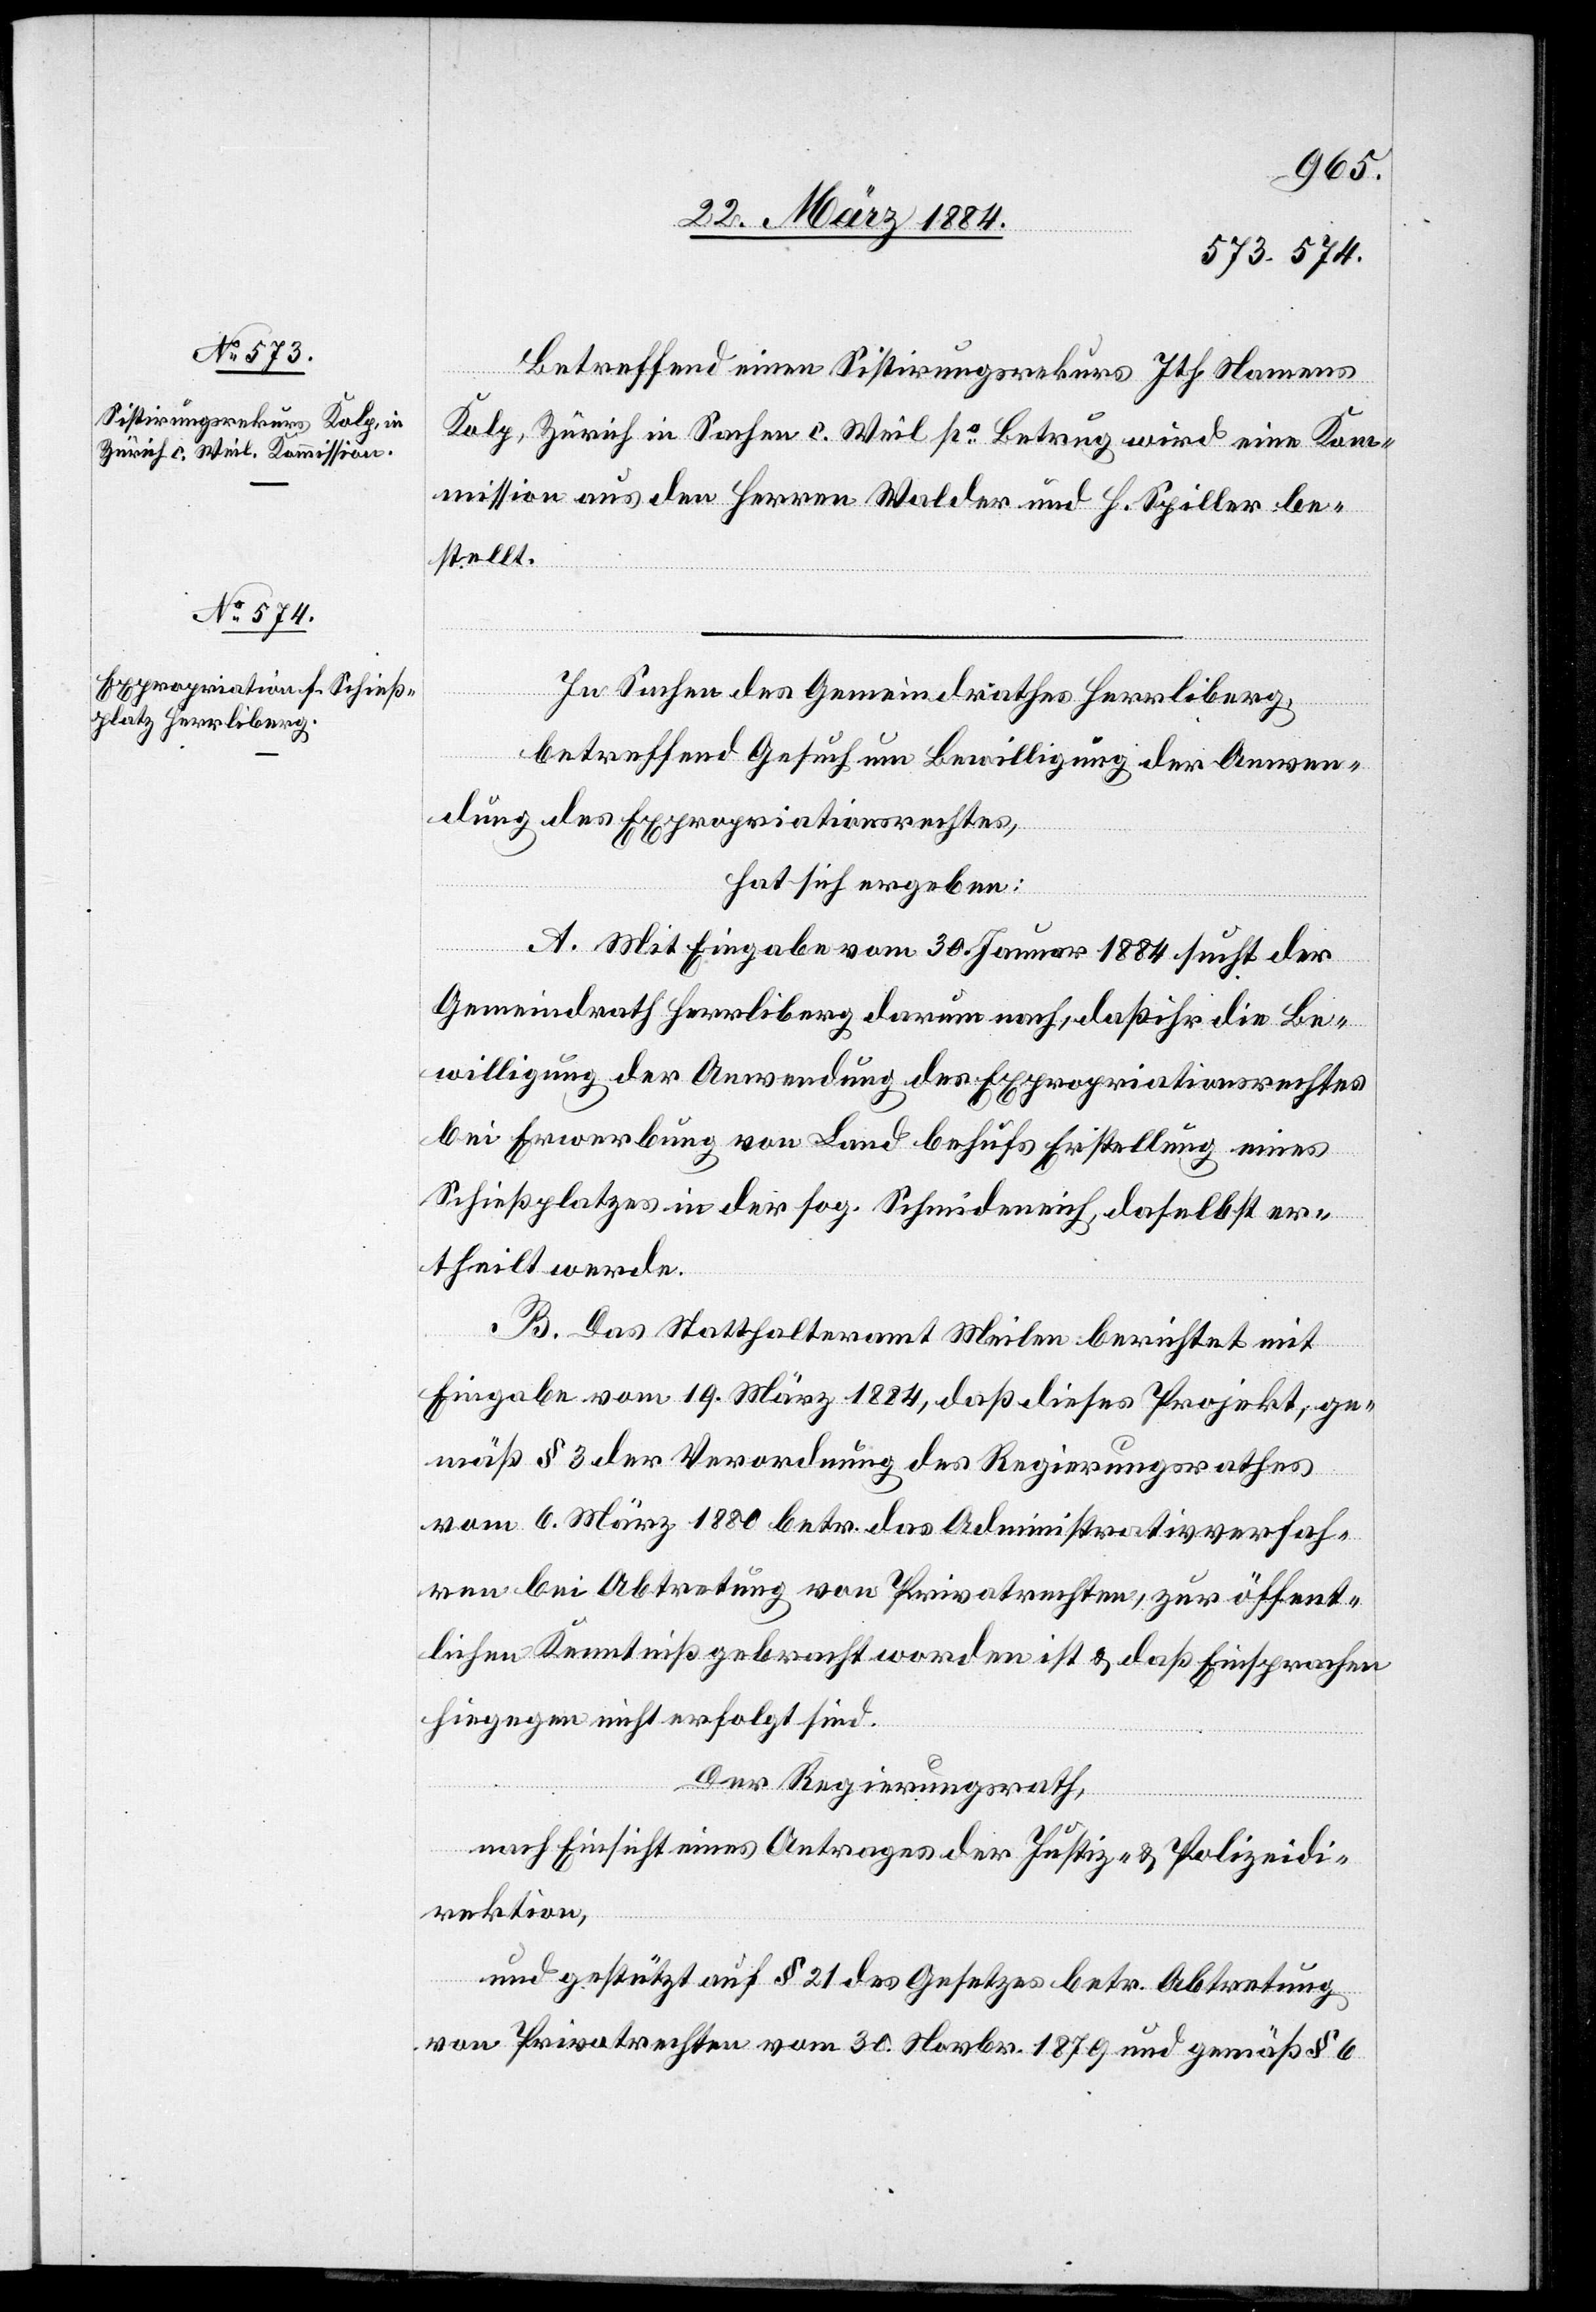
Betreffend einen Sistierungsrekurs Ith Namens
Kolp, Zürich in Sachen c. Weil po Betrug wird eine Kom¬
mission aus den Herren Walder und H. Spiller be¬
stellt.
In Sachen des Gemeindrathes Herrliberg,
betreffend Gesuch um Bewilligung der Anwen¬
dung des Expropriationsrechtes,
hat sich ergeben:
A. Mit Eingabe vom 30. Januar 1884 sucht der
Gemeindrath Herrliberg darum nach, daß ihm die Be¬
willigung der Anwendung des Expropriationsrechtes
bei Erwerbung von Land behufs Erstellung eines
Schießplatzes in der sog. Schmideneich, daselbst er¬
theilt werde.
B. Das Statthalteramt Meilen berichtet mit
Eingabe vom 19. März 1884, daß dieses Projekt, ge¬
mäß § 3 der Verordnung des Regierungsrathes
vom 6. März 1880 betr. das Administrativverfah¬
ren bei Abtretung von Privatrechten, zur öffent¬
lichen Kenntniß gebracht worden ist & daß Einsprachen
hiegegen nicht erfolgt sind.
Der Regierungsrath,
nach Einsicht eines Antrages der Justiz- & Polizeidi¬
rektion,
und gestützt auf § 21 des Gesetzes betr. Abtretung
von Privatrechten vom 30. Novbr. 1879 und gemäß § 6